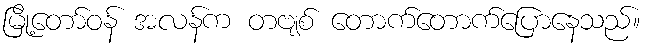
မြို့တော်ဝန် အလန်က တဗျစ် တောက်တောက်ပြောနေသည်။